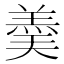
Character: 羮